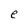
Character: e